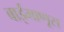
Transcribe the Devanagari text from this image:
बाईमाणूस